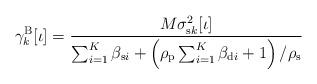
LaTeX: \begin{align*}\gamma_k^\mathrm{B}[\iota] = \frac{M\sigma_{\mathrm{s}k}^2[\iota]}{\sum_{i=1}^{K}\beta_{\mathrm{s}i}+\left(\rho_\mathrm{p}\sum_{i=1}^{K}\beta_{\mathrm{d}i}+1\right)/\rho_\mathrm{s}}\end{align*}